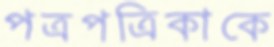
পত্রপত্রিকাকে